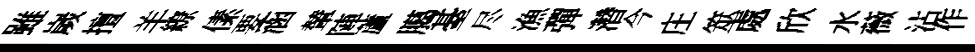
雖嵗擅羊繚傃要涵輦陣蘆臈䑓尽漁彈濳今庄筮處欣水薇沾作